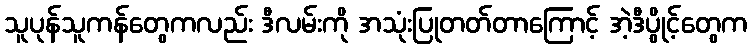
သူပုန်သူကန်တွေကလည်း ဒီလမ်းကို အသုံးပြုတတ်တာကြောင့် အဲ့ဒီပွိုင့်တွေက